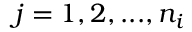
j = 1 , 2 , . . . , n _ { i }